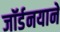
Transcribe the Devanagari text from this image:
जॉर्डनयाने